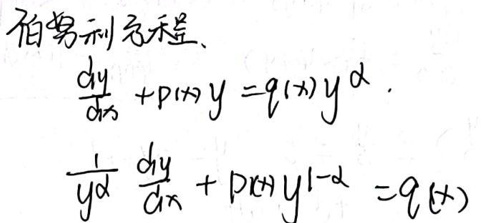
伯努利方程：
\[
\frac{dy}{dx} + p(x)y = q(x)y^{\alpha}
\]
\[
\frac{1}{y^{\alpha}}\frac{dy}{dx} + p(x)y^{1 - \alpha} = q(x)
\]